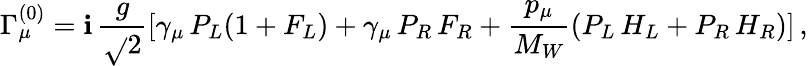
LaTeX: \Gamma_{\mu}^{(0)}=\mathbf{i}\, {\frac{{g}}{{\sqrt{}{{2}}}}}[\gamma_{\mu}\, P_{L}(1+F_{L})+\gamma_{\mu}\, P_{R}\, F_{R}+{\frac{{p_{\mu}}}{{M_{W}}}}(P_{L}\, H_{L}+P_{R}\, H_{R})]\, ,